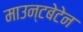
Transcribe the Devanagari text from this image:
माउन्टबेटेन